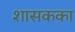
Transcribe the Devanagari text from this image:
शासकका